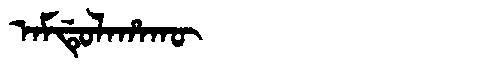
Manchu: ᠠᠮᡩᡠᠯᠠᡥᠠᡴᡡ
Romanization: AMDULAHAKŪ